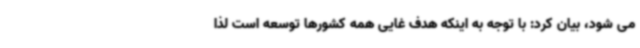
می شود، بیان کرد: با توجه به اینکه هدف غایی همه کشورها توسعه است لذا